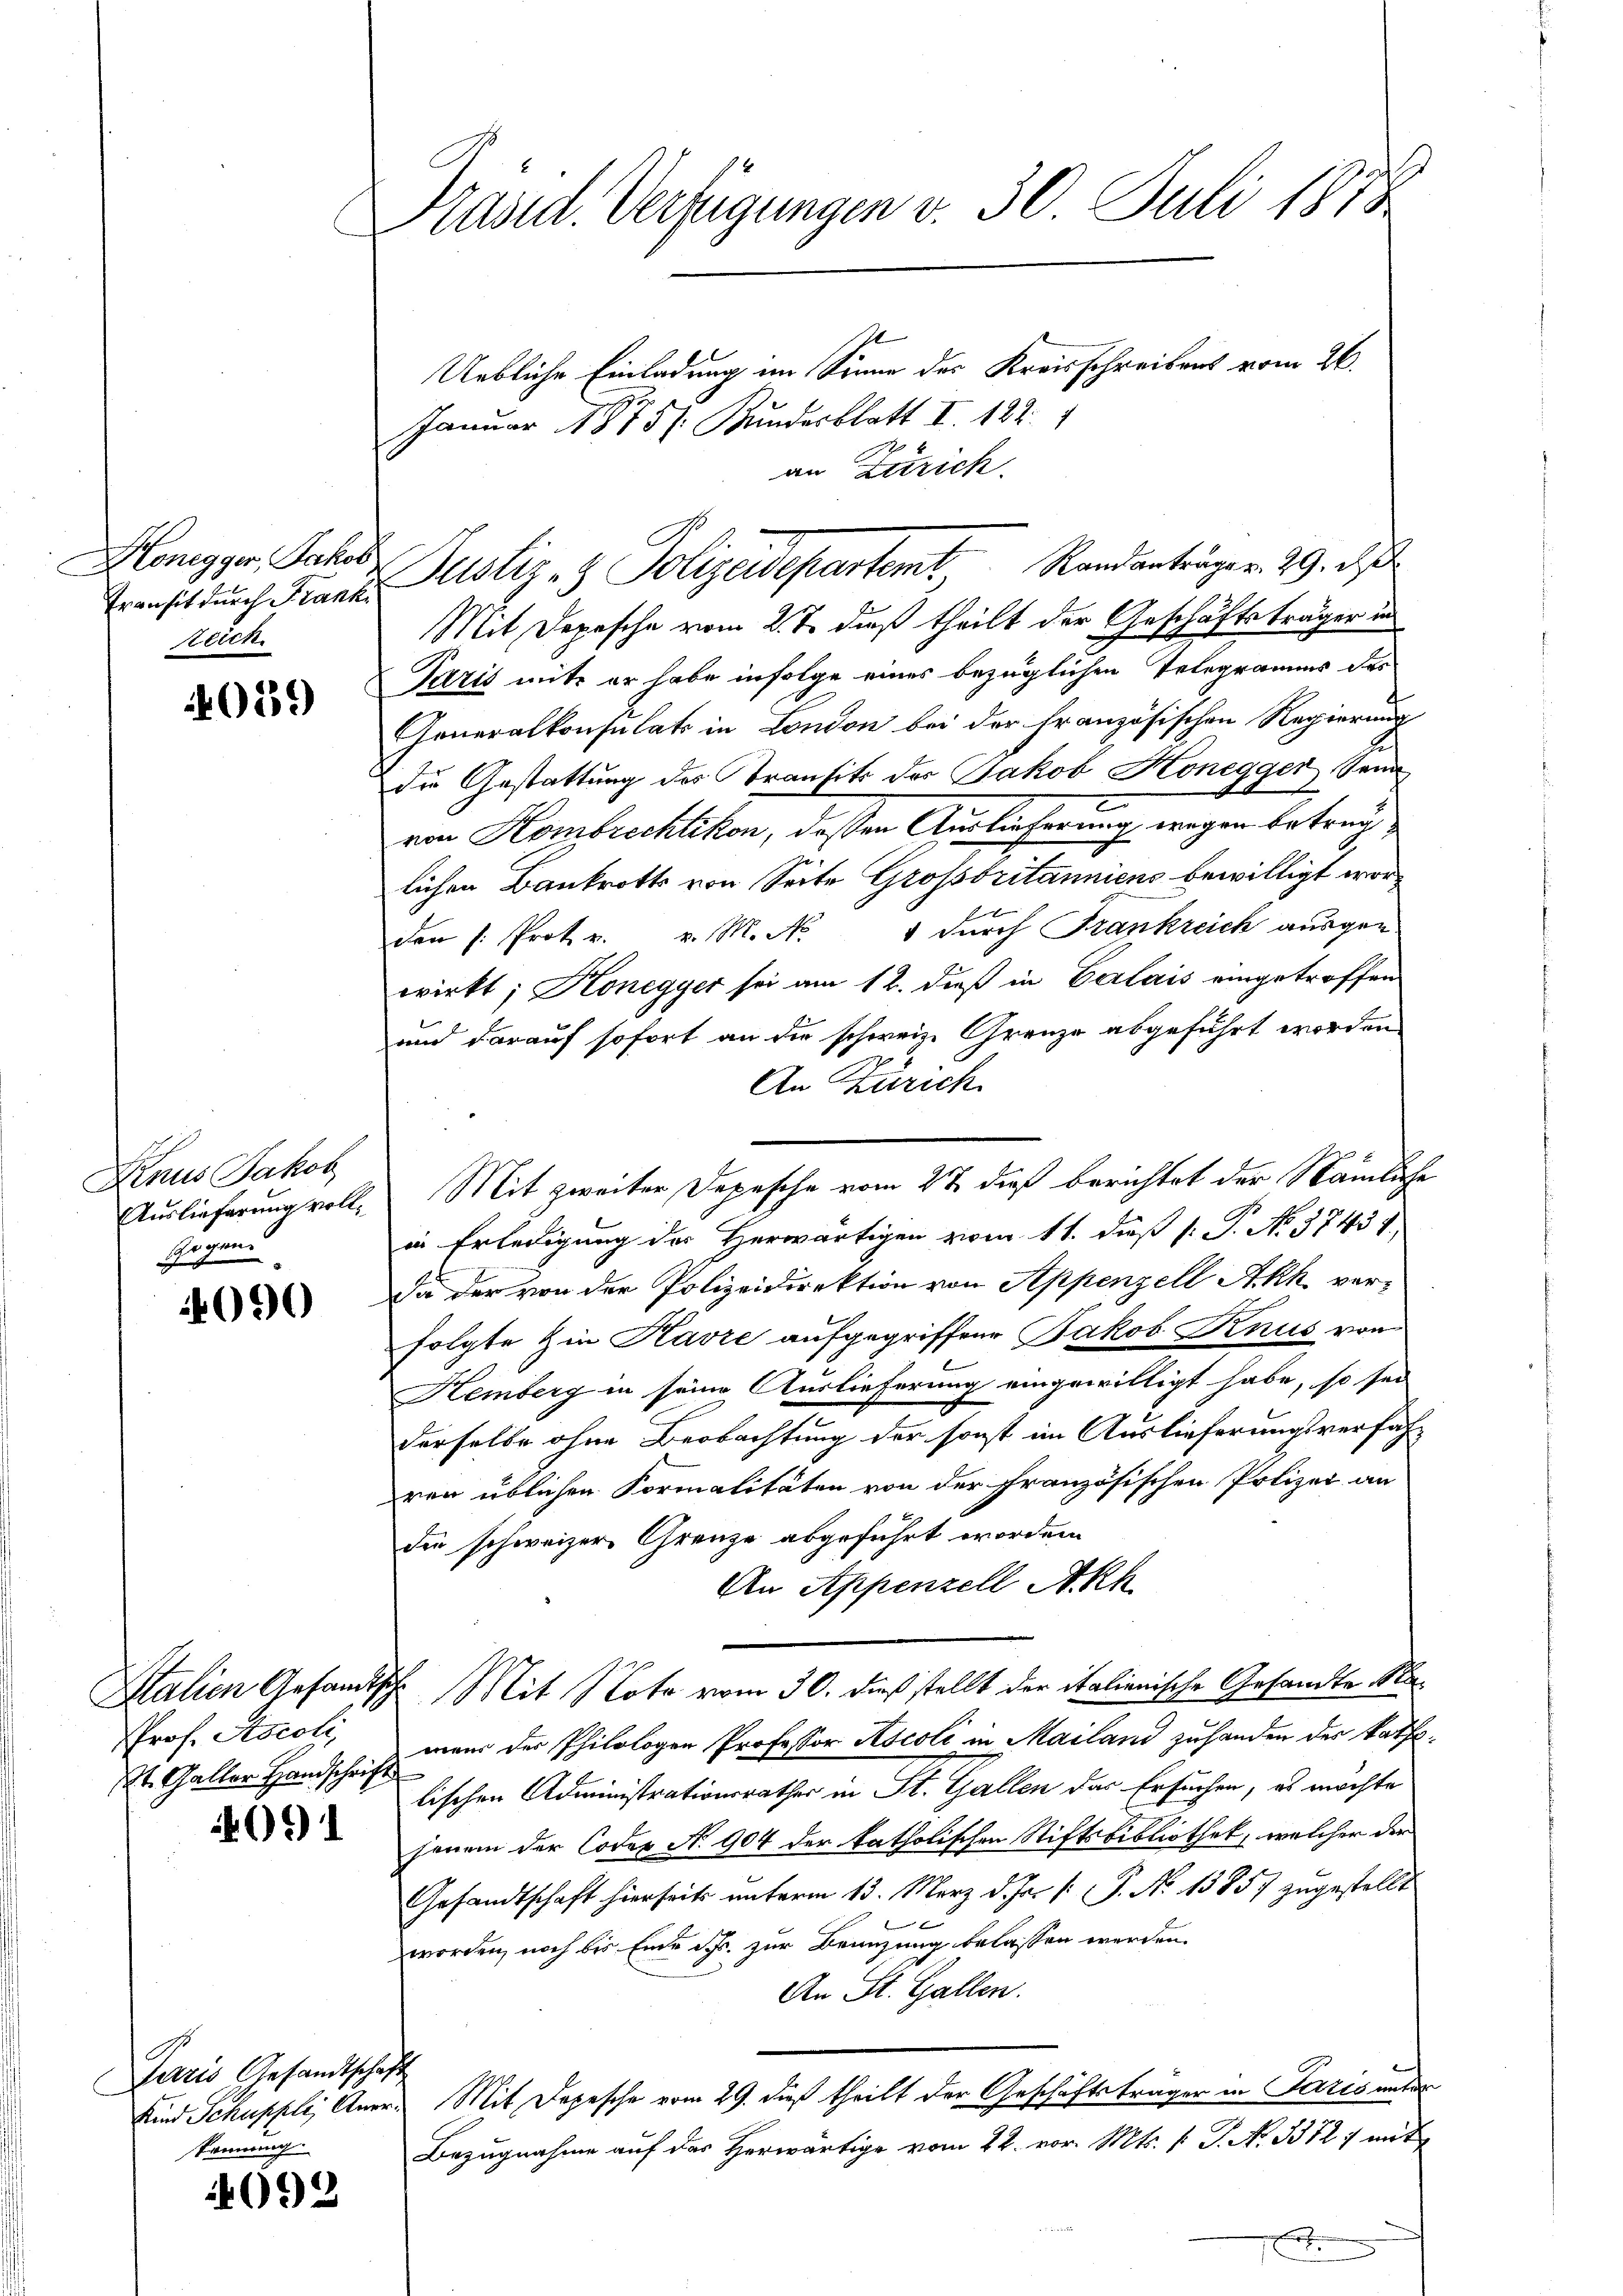
Honegger, Jakor
Transit durch Frank
teich.

059

Kenus Jakob
Auslieferung voll¬
Gegen.

4090

Prof. Stocchi,
St. Galler Handschrift

091

Paris Gesandtschaf
Kind Schuppli, Anre
kennung.

092

Präsid. Verfügungen v. 30. Juli 1818.
Uebliche Einladung im Sinne des Kreisschreibens vom 26.

Januar 1875 /: Kundesblatt I. 182. 1
an Zürich.
Mit Depesche vom 2. J. dieß theilt der Geschäftsträger in
Paris mite er habe infolge eines bezüglichen Telegramms des
Generalkonsulats in London bei der französischen Regierung
die Gestattung des Transit des Jakob Honegger, Senn
.
von Kombrechtikon, dessen Auslieferung wegen betrüglichen Bankrotts von Seite Grossbritanniens bewilligt worden s. Protr. v. M. No. 1 durch Frankreich ausgen.
wirkt; Konegger sei am 12. dieß in Calais eingetroffen
und darauf sofort an die schweiz. Grenze abgeführt worden.
An Zürich
Mit zweiter Depesche vom 27. dieß berichtet der Nämliche
in Erledigung der Herwärtigen vom 11. daß (: P. No 37431
Da der von der Polizeidirektion von Appenzell Akk. verfolgte Zin Havre aufgegriffene Jakob Knus von
Hemberg in seine Auslieferung eingewilligt habe, so sei
derselbe ohne Beobachtung der sonst im Auslieferungsverfahr
ren üblichen Formalitäten von der französischen Polizei an
die schweizer Grenze abgeführt worden.
An Appenzell Akh
Italien Gesandtsche Mit Note vom 30. dieß stellt der italienische Gesandte Mamen der Philologen Professor Ascoli in Mailand zuhanden des Raths
2
lischen Administrationsrathes in St. Gallen das Ersuchen, es möchte
jenem der Codex N. 904 der katholischen Stiftsbibliothek, welcher der
Gesandtschaft hierseits unterm 13. März d. Js. v. P. Nr. 13857 zugestellt

worden, noch bis Ende J. zur Beanzung belassen werden.
An St. Gallen.
ch
r. Mit Depesche vom 29. dieß theilt der Geschäftsträger in Paris unter
Bezugnahme auf des Herwärtige vom 22. vor. Mts. v. J. No. 33727 mit
.

Justiz- & Polizeidepartemt, Randanträger 29. d